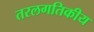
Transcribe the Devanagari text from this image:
तरलगतिकीय